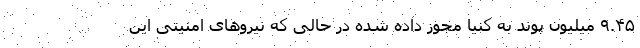
۹.۴۵ میلیون پوند به کنیا مجوز داده شده در حالی که نیروهای امنیتی این